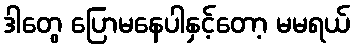
ဒါတွေ ပြောမနေပါနှင့်တော့ မမရယ်